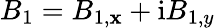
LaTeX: B_{1}=B_{1,\mathbf{x}}+\mathrm{{i}}B_{1,y}